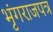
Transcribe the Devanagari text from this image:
भृंगराजपत्र